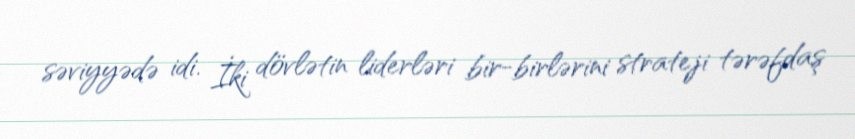
səviyyədə idi. İki dövlətin liderləri bir-birlərini strateji tərəfdaş